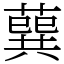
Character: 𦺈